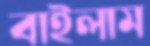
বাইলাম